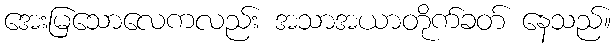
အေးမြသောလေကလည်း အသာအယာတိုက်ခတ် နေသည်။